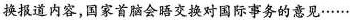
换报道内容，国家首脑会晤交换对国际事务的意见……